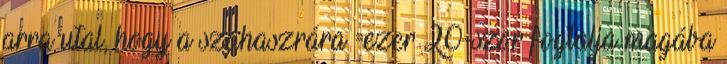
arra utal, hogy a szahaszrára =ezer 20-szor foglalja magába